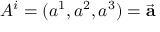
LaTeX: A ^ { i } = ( a ^ { 1 } , a ^ { 2 } , a ^ { 3 } ) = { \vec { \mathbf { a } } }